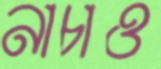
নাচাও